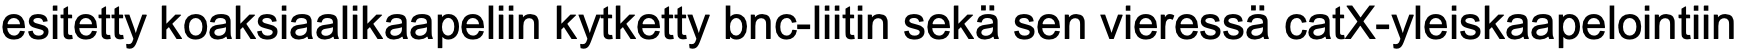
esitetty koaksiaalikaapeliin kytketty bnc-liitin sekä sen vieressä catX-yleiskaapelointiin